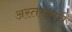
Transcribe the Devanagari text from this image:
अस्तरकारी